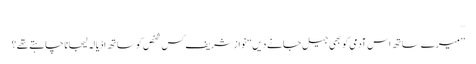
…
’’میرے ساتھ اس آدمی کو بھی جیل جانے دیں‘‘ نواز شریف کس شخص کو ساتھ اڈیالہ لیجانا چاہتے تھے؟